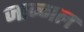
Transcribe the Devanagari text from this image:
जान्गल